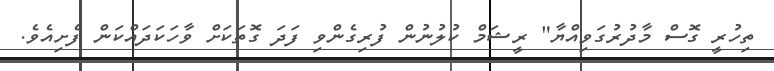
ތިހުރީ ގޮސް މާދުރުގަވިއްޔާ" ރީޝަމް ކުލުނުން ފުރިގެންވި ފަދަ ގޮތަކަށް ވާހަކަދައްކަން ފެށިއެވެ.